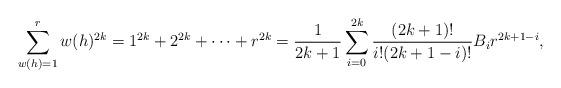
LaTeX: \begin{align*}\sum_{w(h)=1}^rw(h)^{2k}=1^{2k}+2^{2k}+\cdots+r^{2k}=\frac{1}{2k+1}\sum_{i=0}^{2k}\frac{(2k+1)!}{i!(2k+1-i)!}B_ir^{2k+1-i},\end{align*}